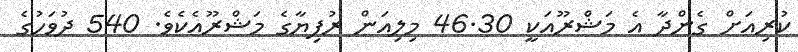
ކުރިއަށް ގެންދާ އެ މަޝްރޫއަކީ 46.30 މިލިއަން ރުފިޔާގެ މަޝްރޫއެކެވެ. 540 ދުވަހުގެ